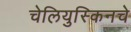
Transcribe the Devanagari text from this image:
चेलियुस्किनचे